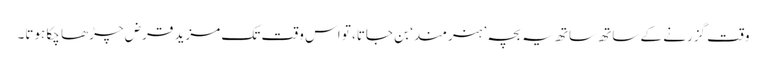
وقت گزرنے کے ساتھ ساتھ یہ بچہ ’ہنرمند‘ بن جاتا، تو اس وقت تک مزید قرض چڑھا چکا ہوتا۔